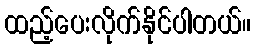
ထည့်ပေးလိုက်နိုင်ပါတယ်။